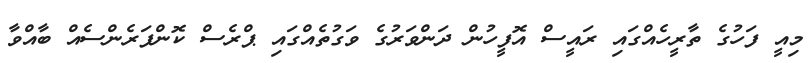
މިއީ ފަހުގެ ތާރީހެއްގައި ރައީސް އޮފީހުން ދަންވަރުގެ ވަގުތެއްގައި ޕްރެސް ކޮންފަރެންސެއް ބާއްވާ